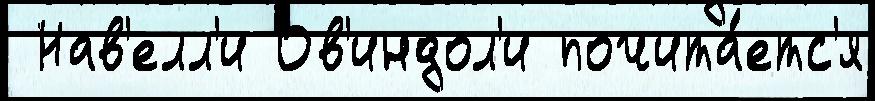
 Нав'елл'и Ов'индол'и почита́етс'я